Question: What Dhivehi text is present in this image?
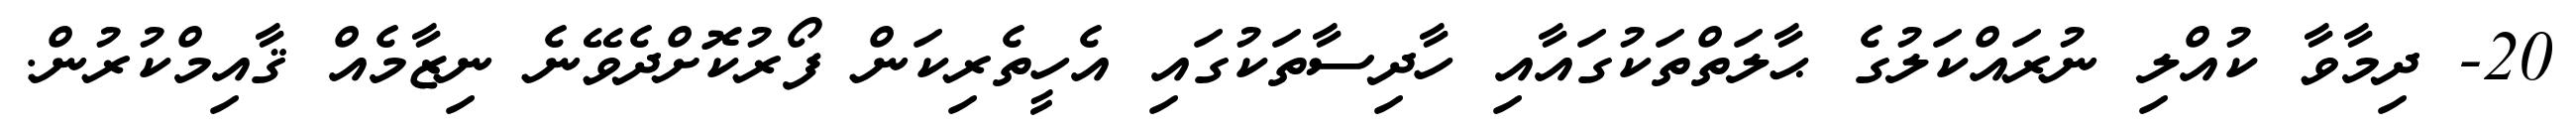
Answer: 20- ދިމާވާ ކުއްލި ނުރައްކަލުގެ ޙާލަތްތަކުގައާއި ހާދިސާތަކުގައި އެހީތެރިކަން ފޯރުކޮށްދެވޭނެ ނިޒާމެއް ޤާއިމްކުރުން.